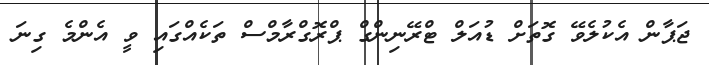
ޖަޕާން އެކުލެވޭ ގޮތަށް ޑުއަލް ޓްރޭނިންގް ޕްރޮގްރާމްސް ތަކެއްގައި ވީ އެންމެ ގިނަ